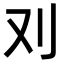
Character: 𠚫